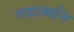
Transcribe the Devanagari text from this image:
तदात्मनि